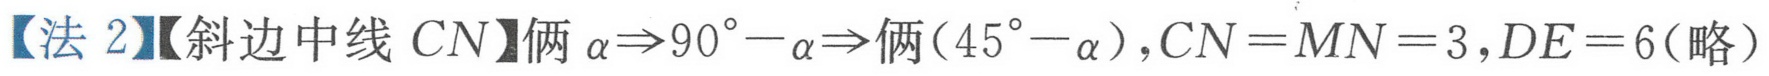
【法 2】【斜边中线 \(CN\)】俩 \(\alpha\Rightarrow90^{\circ}-\alpha\Rightarrow\)俩\((45^{\circ}-\alpha)\),\(CN = MN = 3\),\(DE = 6\)(略)